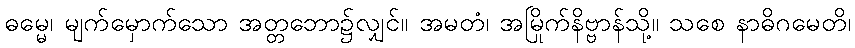
ဓမ္မေ၊ မျက်မှောက်သော အတ္တဘော၌လျှင်။ အမတံ၊ အမြိုက်နိဗ္ဗာန်သို့။ သစေ နာဓိဂမေတိ၊